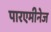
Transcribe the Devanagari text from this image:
पारएमीनेज